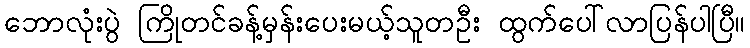
ဘောလုံးပွဲ ကြိုတင်ခန့်မှန်းပေးမယ့်သူတဦး ထွက်ပေါ်လာပြန်ပါပြီ။